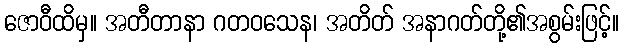
ဇောဝီထိမှ။ အတီတာနာ ဂတဝသေန၊ အတိတ် အနာဂတ်တို့၏အစွမ်းဖြင့်။